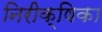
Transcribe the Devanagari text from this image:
निरीक्षिका